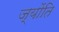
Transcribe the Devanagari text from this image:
ज्योंति